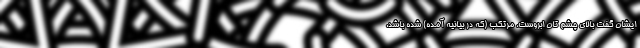
ایشان گفت بالای چشم تان ابروست، مرتکب (که در بیانیه آمده) شده باشد.